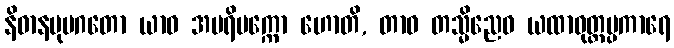
နိဓာနမုပဂတော ယာဝ အပရိပက္ကော ဟောတိ, တာဝ တသ္မိညေဝ ယထာဝုတ္တပ္ပကာရေ